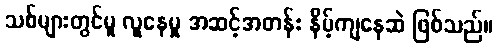
သစ်များတွင်မူ လူနေမှု အဆင့်အတန်း နိမ့်ကျနေဆဲ ဖြစ်သည်။